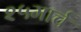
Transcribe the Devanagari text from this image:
२५मार्च